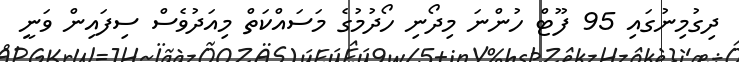
ދިގުމިނުގައި 95 ފޫޓް ހުންނަ މިދޯނި ހޯދުމުގެ މަސައްކަތް މިއަދުވެސް ސިފައިން ވަނީ